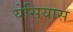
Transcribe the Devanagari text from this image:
येसियास